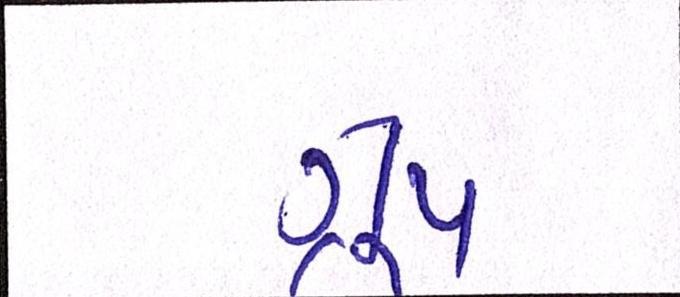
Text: ગ્રૂપ